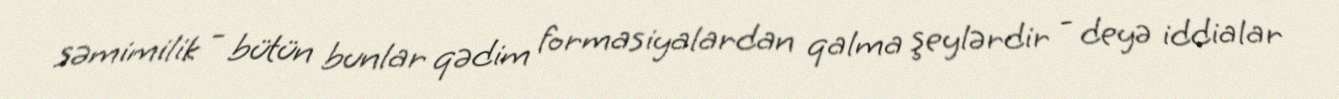
səmimilik - bütün bunlar qədim formasiyalardan qalma şeylərdir - deyə iddialar